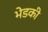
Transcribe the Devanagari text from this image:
भेडकी